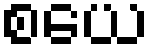
စယေ